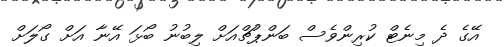
އޭގެ ދެ މިނެޓް ކުރިންވެސް ބަންޕުޗްއަށް ލިބުނު ބޯޅަ އޭނާ އަށް ގޯލަށް